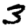
Digit: 3